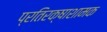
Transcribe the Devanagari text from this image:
प्रतिरक्षाशामक